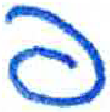
אות: פ